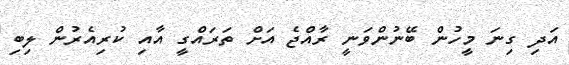
އަދި ގިނަ މީހުން ބޭނުންވަނީ ރާއްޖެ އަށް ތަރައްގީ އާއި ކުރިއެރުން ލިބި